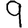
Digit: 9